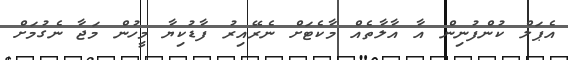
އެޕަލް ކުންފުނިން އާ އާލާތެއް މާކެޓަށް ނެރޭއިރު ފާޑުކިޔާ މީހުން މަޖާ ނެގުމަށް